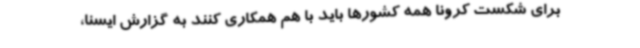
برای شکست کرونا همه کشورها باید با هم همکاری کنند به گزارش ایسنا،